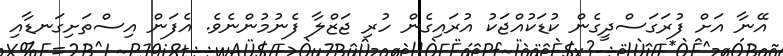
އޭނާ އަށް ފުރަގަސްދީގެން ކުޑަކުއްޖަކު އުރައިގެން ހުރި ޖަޒްލާ ފެނުމުންނެވެ. އެފަން އިސްތަށިގަނޑާއި